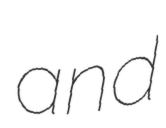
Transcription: and